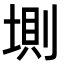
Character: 𡍫